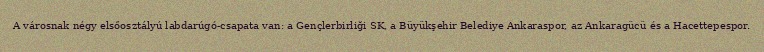
A városnak négy elsőosztályú labdarúgó-csapata van: a Gençlerbirliği SK, a Büyükşehir Belediye Ankaraspor, az Ankaragücü és a Hacettepespor.